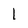
Character: 1